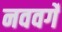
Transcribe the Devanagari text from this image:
नववर्गे